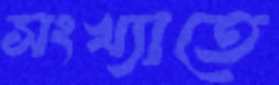
সংখ্যাতে